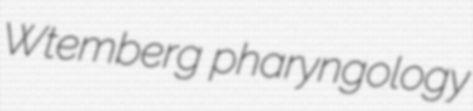
Wtemberg pharyngology